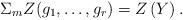
LaTeX: \begin{align*}\Sigma_{m}Z(g_{1}, \dotsc , g_{r}) = Z\left( Y \right).\end{align*}